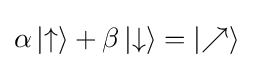
\alpha \left|\uparrow \right\rangle +\beta \left|\downarrow \right\rangle =\left|\nearrow \right\rangle